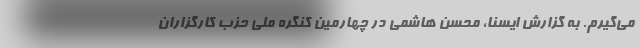
می‌گیرم. به گزارش ایسنا، محسن هاشمی در چهارمین کنگره ملی حزب کارگزاران